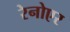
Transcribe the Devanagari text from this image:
रेनोएर